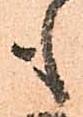
も